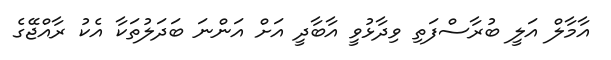
އާމާލް އަލީ ބުރާސްފަތި ވިދާޅުވީ އާބާދީ އަށް އަންނަ ބަދަލުތަކާ އެކު ރާއްޖޭގެ